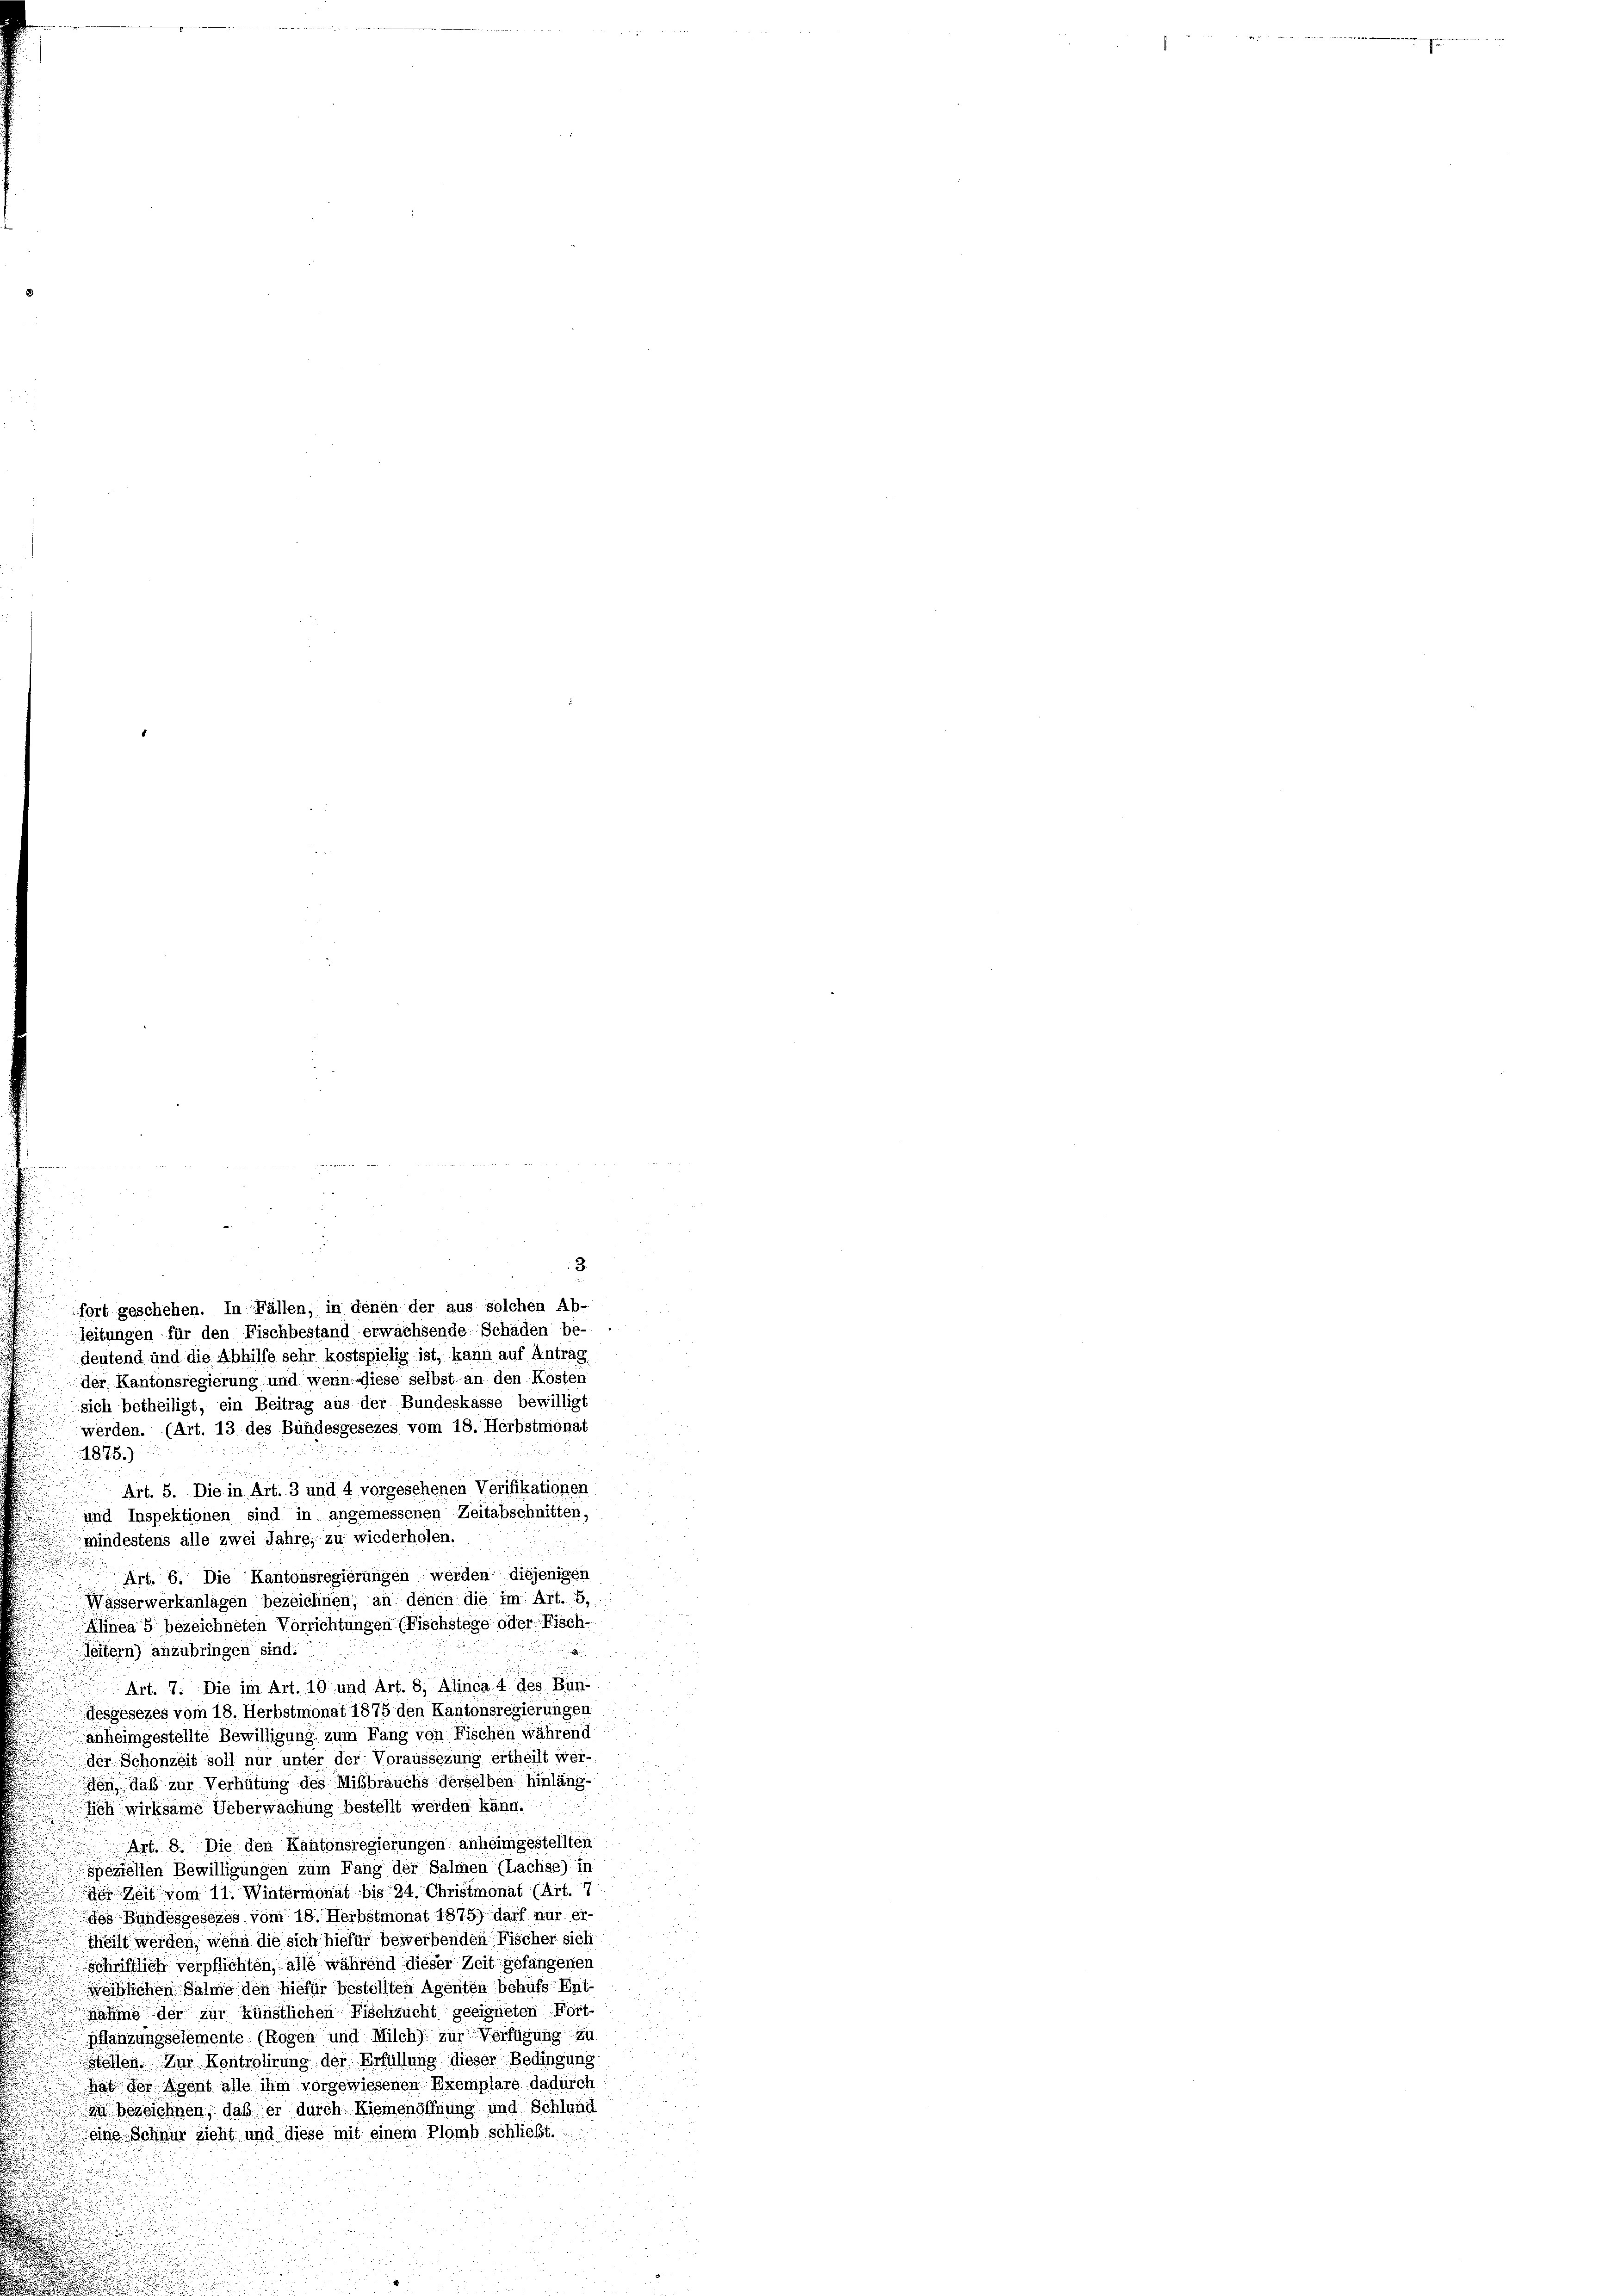
3
fort geschehen. In Fällen; in denen der aus solchen Ab-
leitungen für den Fischbestand erwachsende Schaden be-
deutend und die Abhilfe sehr kostspielig ist, kann auf Antrag
der Kantonsregierung und wenn diese selbst an den Kosten
sich betheiligt, ein Beitrag aus der Bundeskasse bewilligt
werden. (Art. 13 des Bundesgesezes vom 18. Herbstmonat
1875.)
Art. 5. Die in Art. 3 und 4 vorgesehenen Verifikationen
und Inspektionen sind in angemessenen Zeitabschnitten,
mindestens alle zwei Jahre, zu wiederholen.
Art. 6. Die Kantonsregierungen werden diejenigen
Wasserwerkanlagen bezeichnen, an denen die im Art. 8,
Alinea 5 bezeichneten Vorrichtungen (Fischstege oder Fisch-
leitern) anzubringen sind.
i
Art. 7. Die im Art. 10 und Art. 8, Alinea 4 des Bun-
desgesezes vom 18. Herbstmonat 1875 den Kantonsregierungen
anheimgestellte Bewilligung zum Fang von Fischen während
der Schonzeit soll nur unter der Voraussezung ertheilt wer-
den daß zur Verhütung des Mißbrauchs derselben hinläng-
lich wirksame Ueberwachung bestellt werden kann.
Art. 8. Die den Kantonsregierungen anheimgestellten,
speziellen Bewilligungen zum Fang der Salmen (Lachse) in
o Zeit vom 11. Wintermonat bis 24. Christmonat (Art. 17.
des Bundesgesezes vom 18. Herbstmonat 1875) darf nur ertheilt werden, wenn die sich hiefür bewerbenden Fischer sich
schriftlich verpflichten, alle während dieser Zeit gefangenen
weiblichen Salme den hiefür bestellten Agenten behufs Ent-
nahme der zur künstlichen Fischzucht geeigneten Fort-
pflanzungselemente (Rogen und Milch) zur Verfügung zu
Stollen. Zur Kontrolirung der Erfüllung dieser Bedingung
hat der Agent alle ihm vorgewiesenen Exemplare dadurch
zu bezeichnen, daß er durch Riemenöffnung und Schlund
eine Schnur zieht und diese mit einem Plömb schließt.

u